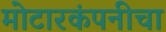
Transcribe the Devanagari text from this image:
मोटारकंपनीचा